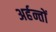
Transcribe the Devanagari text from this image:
अर्हन्तों